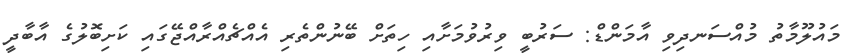
މައުލޫމާތު މުއްސަނދިވި އާމަންޑް: ސަރުބީ ވިރުވުމަށާއި ހިތަށް ބޭނުންތެރި އެއްޗެއްރާއްޖޭގައި ކަށިބޮލުގެ އާބާދީ